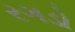
રગડો